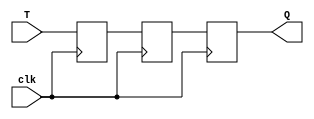
module T_FF (
    input clk,
    input T,
    output reg Q
);

reg D, Q1;

// Master flip-flop
always @ (posedge clk)
begin
    D <= T;
end

// Slave flip-flop
always @ (posedge clk)
begin
    Q1 <= D;
    Q <= Q1;
end

endmodule